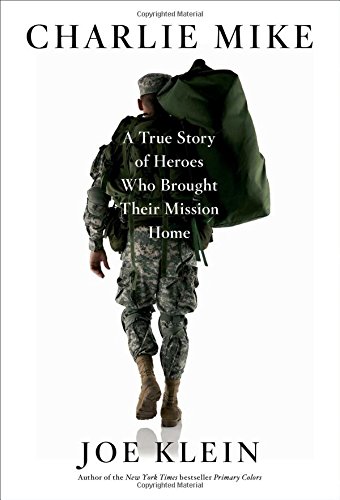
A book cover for Charlie Mike: A True Story of Heroes Who Brought Their Mission Home; Joe Klein; Business & Money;